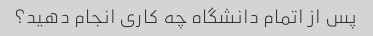
پس از اتمام دانشگاه چه کاری انجام دهید؟